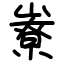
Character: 嶚